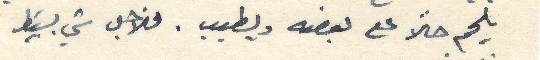
يلحم حلاً على بعضه ويطيب. فلاجل شي بَسيط